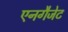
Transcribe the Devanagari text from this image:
एनगैजेट